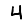
Digit: 4